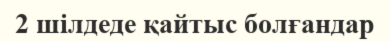
2 шілдеде қайтыс болғандар